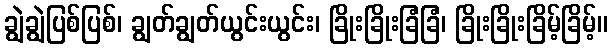
ချွဲချွဲပြစ်ပြစ်၊ ချွတ်ချွတ်ယွင်းယွင်း၊ ခြိုးခြိုးခြံခြံ၊ ခြိုးခြိုးခြိမ့်ခြိမ့်။